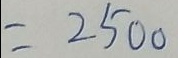
= 2 5 0 0